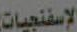
الإسفنجيات